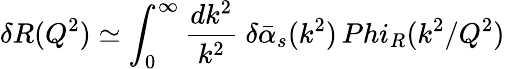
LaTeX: \delta R(Q^{2})\simeq\int_{0}^{\infty}{\frac{dk^{2}}{k^{2}}}\ \delta\bar{\alpha}_{s}(k^{2})\, Phi_{R}(k^{2}/Q^{2})